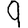
Digit: 9